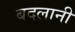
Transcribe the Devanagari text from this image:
बदलानी